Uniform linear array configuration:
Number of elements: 64
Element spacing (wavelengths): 0.5
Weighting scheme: binomial
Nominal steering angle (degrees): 0
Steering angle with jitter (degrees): -0.1301
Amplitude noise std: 0.05
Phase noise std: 0.05

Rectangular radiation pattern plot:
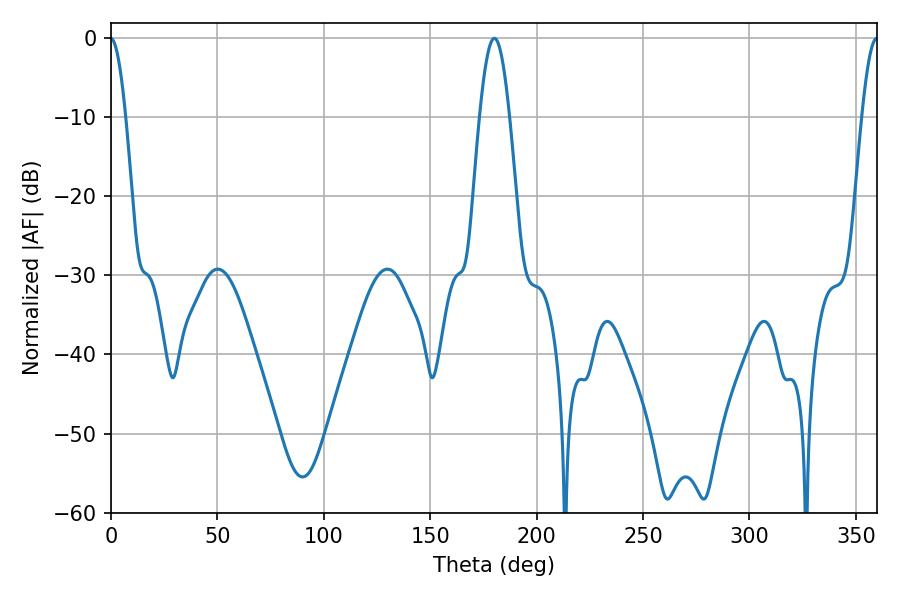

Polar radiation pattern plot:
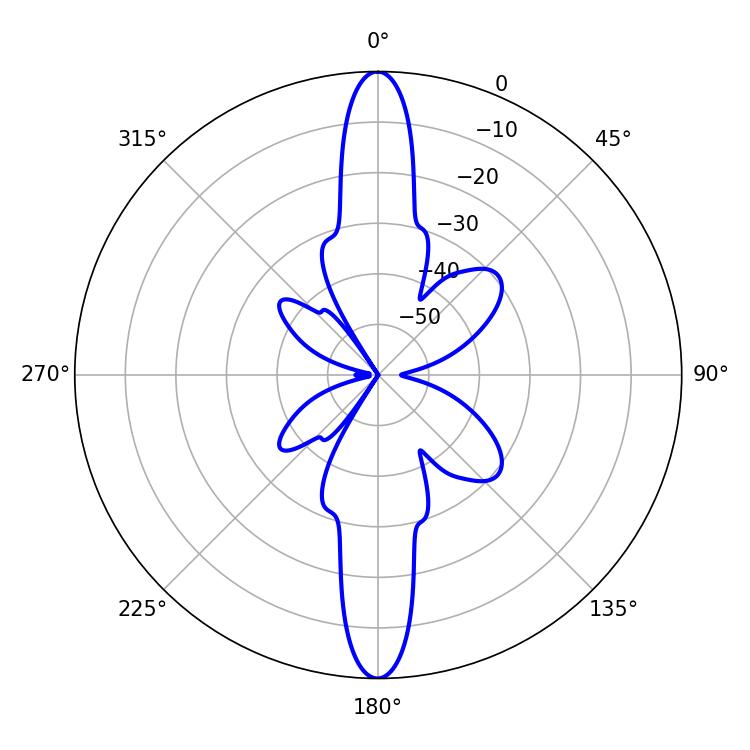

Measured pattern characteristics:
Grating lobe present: FALSE
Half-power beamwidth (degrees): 7.56
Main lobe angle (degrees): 180.18